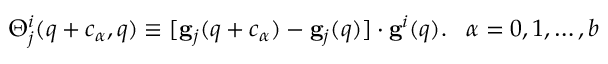
\begin{array} { r } { \Theta _ { j } ^ { i } ( { q } + { c } _ { \alpha } , { q } ) \equiv [ { \bf g } _ { j } ( { q } + { c } _ { \alpha } ) - { \bf g } _ { j } ( { q } ) ] \cdot { \bf g } ^ { i } ( { q } ) . \; \; \; \alpha = 0 , 1 , \ldots , b } \end{array}